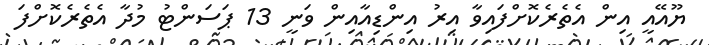
ޔޫއޭއީ އިން އެތެރެކޮށްފައިވާ އިރު އިންޑިއާއިން ވަނީ 13 ޕަސަންޓު މުދާ އެތެރެކޮށްފަ